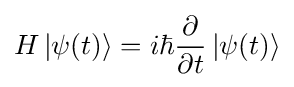
H\left|\psi (t)\right\rangle =i\hbar {\partial  \over \partial t}\left|\psi (t)\right\rangle